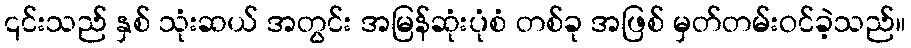
၎င်းသည် နှစ် သုံးဆယ် အတွင်း အမြန်ဆုံးပုံစံ တစ်ခု အဖြစ် မှတ်တမ်းဝင်ခဲ့သည်။